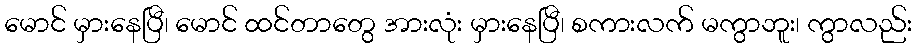
မောင် မှားနေပြီ၊ မောင် ထင်တာတွေ အားလုံး မှားနေပြီ၊ စကားလက် မကွာဘူး၊ ကွာလည်း